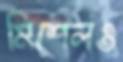
মিশেলও